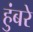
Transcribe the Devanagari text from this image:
हुंबरे